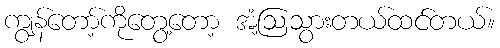
ကျွန်တော့်ကိုတွေ့တော့ အံ့ဩသွားတယ်ထင်တယ်။